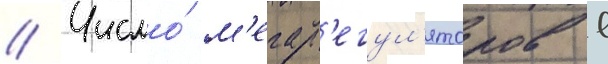
// Число́ м'егар'егул'яторов в